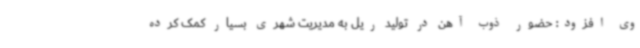
وی افزود: حضور ذوب آهن در تولید ریل به مدیریت شهری بسیار کمک کرده